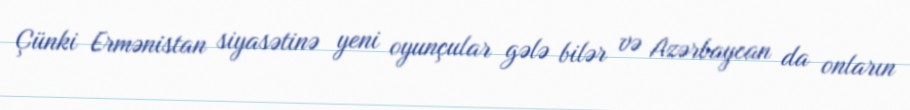
Çünki Ermənistan siyasətinə yeni oyunçular gələ bilər və Azərbaycan da onların